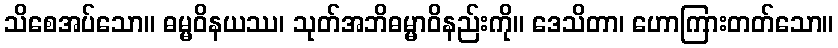
သိစေအပ်သော။ ဓမ္မဝိနယဿ၊ သုတ်အဘိဓမ္မာဝိနည်းကို။ ဒေသိတာ၊ ဟောကြားတတ်သော။